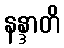
နန္ဒာတိ